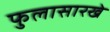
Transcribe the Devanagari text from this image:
फुलासारखे